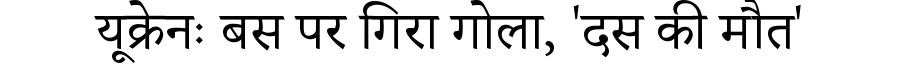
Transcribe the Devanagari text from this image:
यूक्रेनः बस पर गिरा गोला, 'दस की मौत'